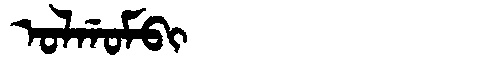
Manchu: ᠣᠯᡤᠣᠮᠪᡳ
Romanization: OLGOMBI